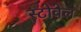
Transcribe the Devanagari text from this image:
स्टोवेल